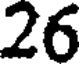
26